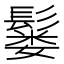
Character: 𫙂